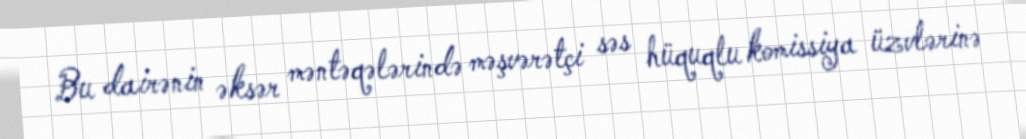
Bu dairənin əksər məntəqələrində məşvərətçi səs hüquqlu komissiya üzvlərinə